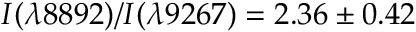
I ( \lambda 8 8 9 2 ) / I ( \lambda 9 2 6 7 ) = 2 . 3 6 \pm 0 . 4 2